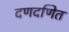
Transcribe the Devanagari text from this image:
दणदणित